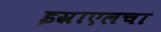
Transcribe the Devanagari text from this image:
इस्राएलचा